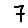
Digit: 7